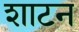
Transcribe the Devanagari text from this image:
शाटन